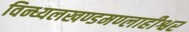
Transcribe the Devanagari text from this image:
विन्ध्यलखण्डमण्लाहीश्वर